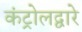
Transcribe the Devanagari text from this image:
कंट्रोलद्वारे